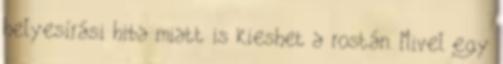
helyesírási hiba miatt is kieshet a rostán. Mivel egy